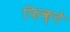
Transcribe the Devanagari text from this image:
फ़िक्टे